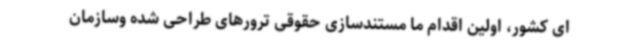
ای کشور، اولین اقدام ما مستندسازی حقوقی ترورهای طراحی شده وسازمان